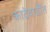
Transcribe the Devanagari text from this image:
कादेवाडींत